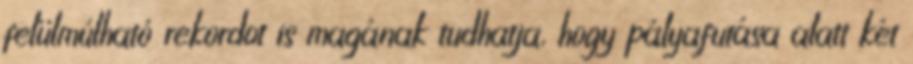
felülmúlható rekordot is magának tudhatja, hogy pályafutása alatt két